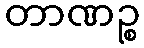
တာဏဉ္စ